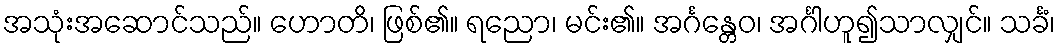
အသုံးအဆောင်သည်။ ဟောတိ၊ ဖြစ်၏။ ရညော၊ မင်း၏။ အင်္ဂန္တေဝ၊ အင်္ဂါဟူ၍သာလျှင်။ သင်္ခံ၊